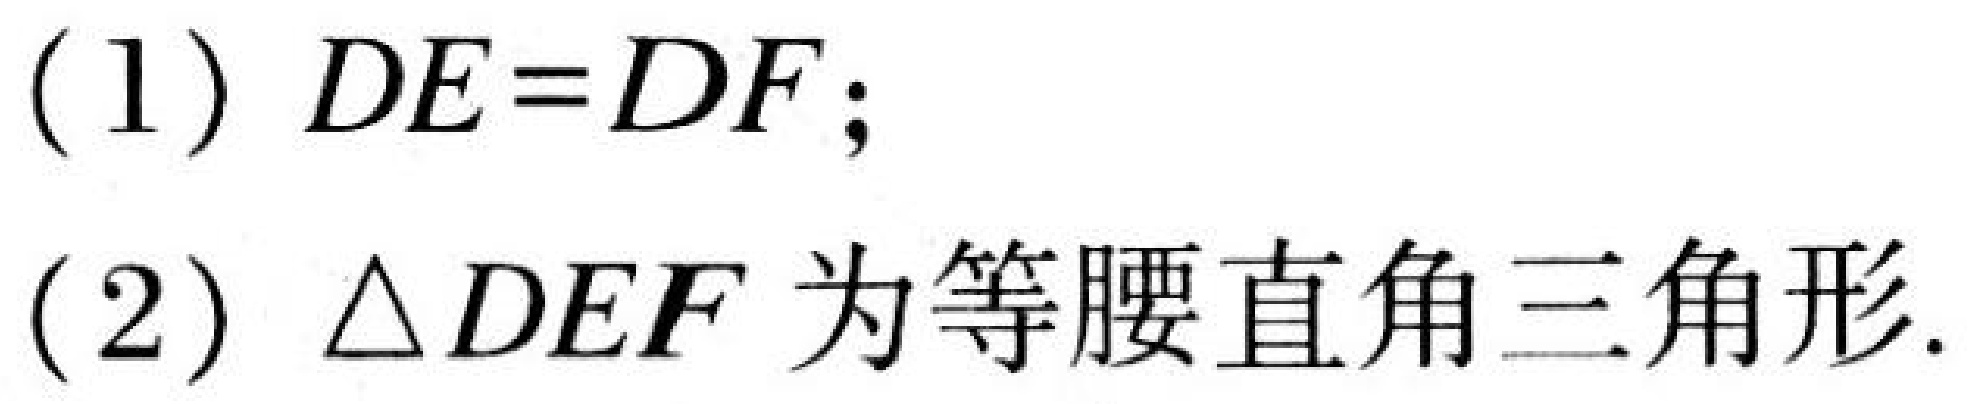
(1) \(DE = DF\);
(2) \(\triangle DEF\)为等腰直角三角形.